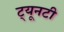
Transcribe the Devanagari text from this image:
ट्यूनटी